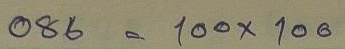
086 = 100 x 100